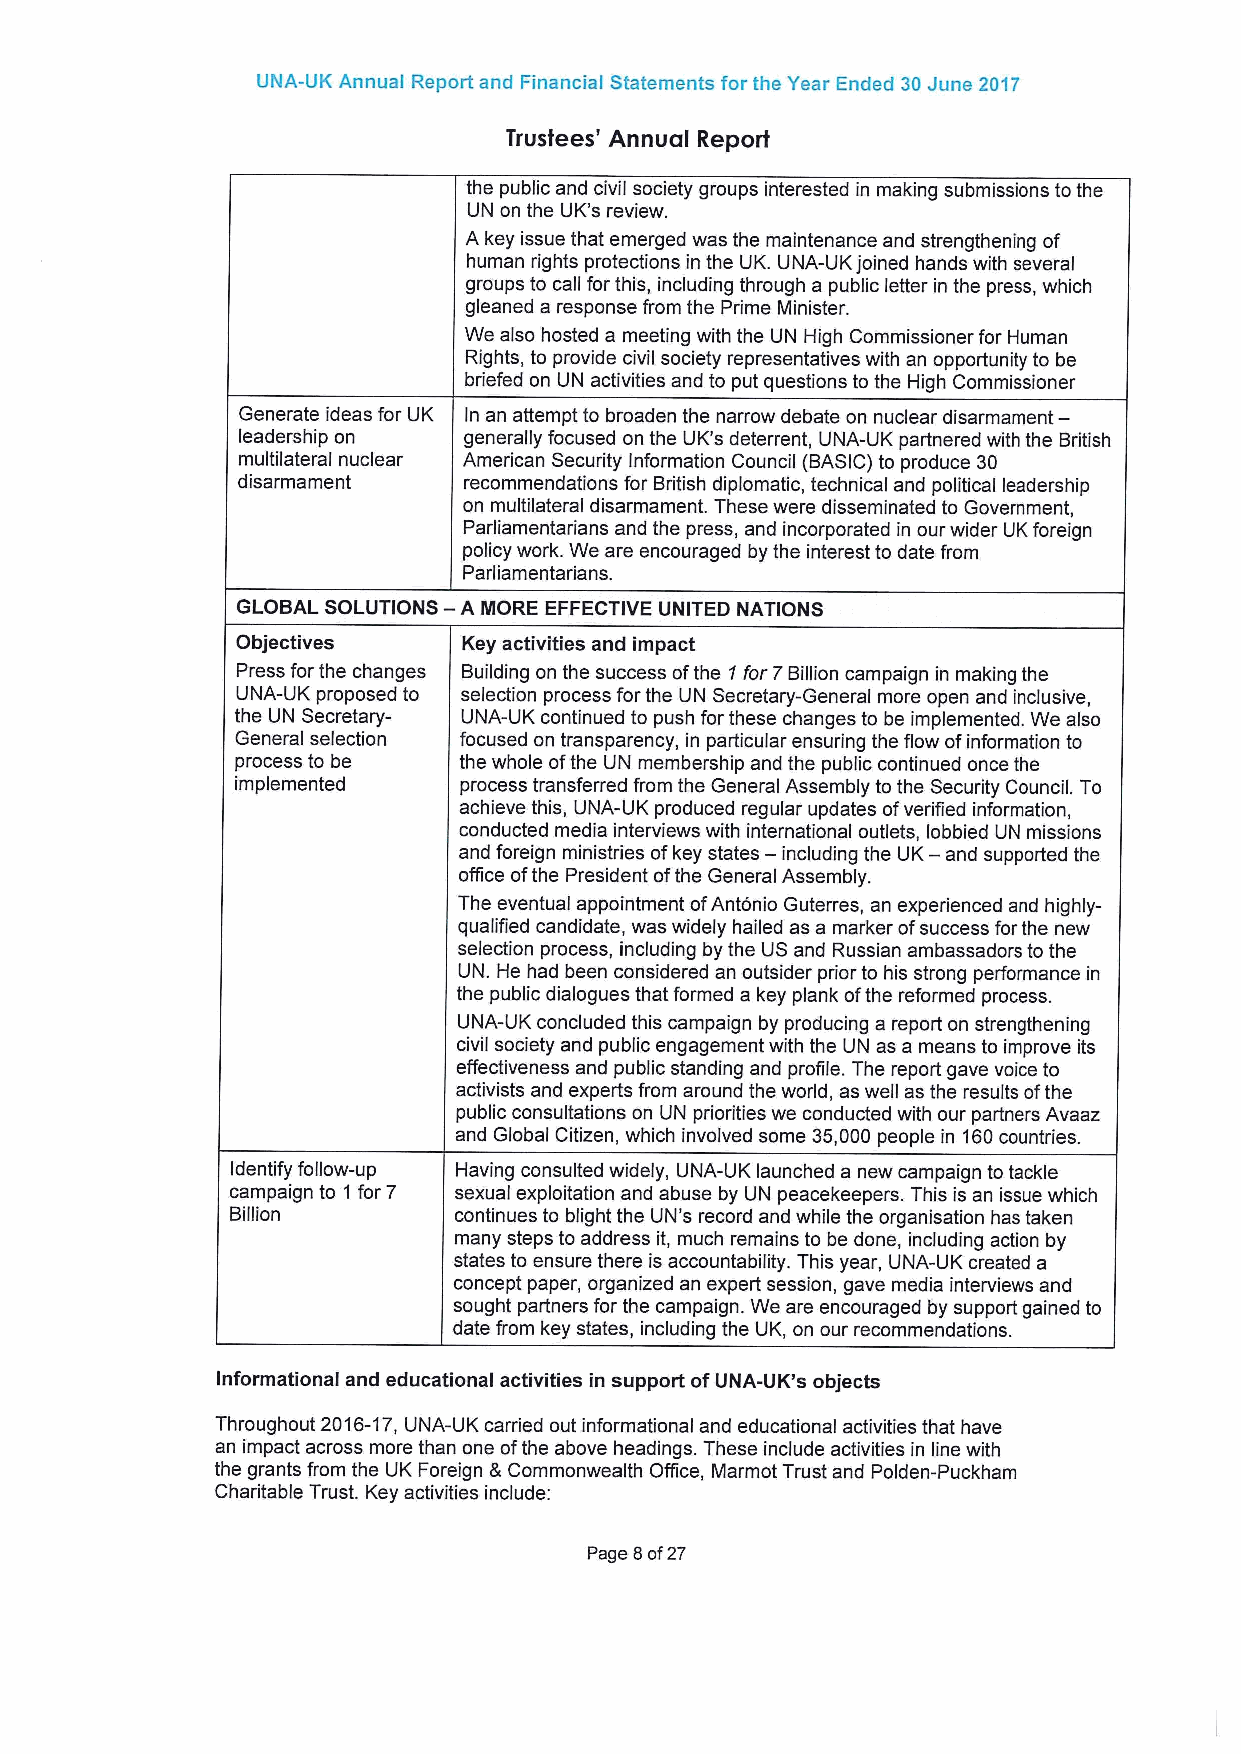
UNA-UK Annual Report and Financial Statements for the Year Ended 30June 2017
 Trustees' Annual Report
 the public and civil society groups interested in making submissions tothe
 UN on the UK's review.
 A key issue that emerged was the maintenance and strengthening of
 human rights protections in the UK. UNA-UK joined hands with several
 groups to call for this, including through a public letter in the press, which
 gleaned a response from the Prime Minister.
 We also hosted a meeting with the UN High Commissioner for Human
 Rights, to provide civil society representatives with an opportunity to be
 briefed on UN activities and to put questions to the High Commissioner
 Generate ideas for UK In an attempt to broaden the narrow debate on nuclear disarmament-
 leadership on  generally focused on the UK's deterrent, UNA-UK partnered with the British
 multilateral nuclear American Security Information Council (BASIC)to produce 30
 disarmament    recommendations for British diplomatic, technical and political leadership
 on multilateral disarmament. These were disseminated to Government,
 Parliamentarians and the press, and incorporated in our wider UKforeign
 policy work. We are encouraged by the interest to date from
 Parliamentarians.
 GLOBAL SOLUTIONS — A MORE EFFECTIVE UNITED NATIONS
 Objectives     Key activities and impact
 Press for the changes Building on the success ofthe 1for 7Billion campaign in making the
 UNA-UK proposed to selection process for the UN Secretary-General more open and inclusive,
 the UN Secretary- UNA-UK continued to push for these changes to be implemented. We also
 General selection focused on transparency, in particular ensuring the flow ofinformation to
 process to be the whole ofthe UN membership and the public continued once the
 implemented   process transferred from the General Assembly to the Security Council. To
 achieve this, UNA-UK produced regular updates ofverified information,
 conducted media interviews with international outlets, lobbied UN missions
 and foreign ministries ofkey states — including the UK— and supported the
 office ofthe President ofthe General Assembly.
 The eventual appointment ofAntonio Guterres, an experienced and highly-
 qualified candidate, was widely hailed as a marker ofsuccess forthe new
 selection process, including by the US and Russian ambassadors to the
 UN. He had been considered an outsider prior to his strong performance in
 the public dialogues that formed a key plank ofthe reformed process.
 UNA-UK concluded this campaign by producing a report on strengthening
 civil society and public engagement with the UN as a means to improve its
 effectiveness and public standing and profile. The report gave voice to
 activists and experts from around the world, as well as the results ofthe
 public consultations on UN priorities we conducted with our partners Avaaz
 and Global Citizen, which involved some 35,000 people in 160countries.
 Identify follow-up Having consulted widely, UNA-UK launched a new campaign to tackle
 campaign to 1 for 7 sexual exploitation and abuse by UN peacekeepers. This is an issue which
 Billion        continues to blight the UN's record and while the organisation has taken
 many steps to address it, much remains to be done, including action by
 states to ensure there is accountability. This year, UNA-UK created a
 concept paper, organized an expert session, gave media interviews and
 sought partners for the campaign. We are encouraged by support gained to
 date from key states, including the UK, on our recommendations.
 Informational and educational activities in support ofUNA-UK's objects
 Throughout 2016-17,UNA-UK cardied out informational and educational activities that have
 an impact across more than one ofthe above headings. These include activities in line with
 the grants from the UK Foreign &Commonwealth Office, Marmot Trust and Polden-Puckham
 Charitable Trust. Key activities include:
 Page 8of27